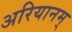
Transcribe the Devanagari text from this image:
अरियानम्